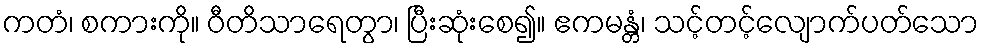
ကတံ၊ စကားကို။ ဝီတိသာရေတွာ၊ ပြီးဆုံးစေ၍။ ဧကမန္တံ၊ သင့်တင့်လျောက်ပတ်သော